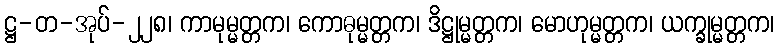
ဋ္ဌ-တ-အုပ်-၂၂၈၊ ကာမုမ္မတ္တက၊ ကောဓုမ္မတ္တက၊ ဒိဋ္ဌုမ္မတ္တက၊ မောဟုမ္မတ္တက၊ ယက္ခုမ္မတ္တက၊